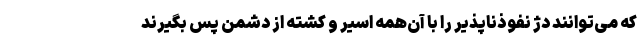
که می‌توانند دژ نفوذناپذیر را با آن‌همه اسیر و کشته از دشمن پس بگیرند